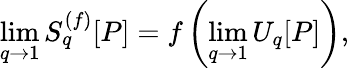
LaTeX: \operatorname*{lim}_{q\to 1}S_{q}^{(f)}[P]=f\left(\operatorname*{lim}_{q\to 1}U_{q}[P]\right),